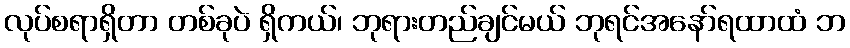
လုပ်စရာရှိတာ တစ်ခုပဲ ရှိကယ်၊ ဘုရားတည်ချင်မယ် ဘုရင်အနော်ရထာထံ ဘ